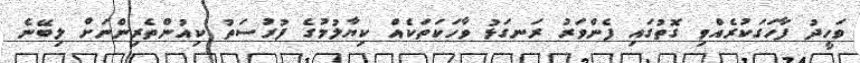
ވަހީދު ފާހަގަކުރެއްވި ގޮތުގައި ފެންވަރު ރަނގަޅު ވާހަކަތަކެއް ކިޔާލުމުގެ ފުރުސަތު ކިއުންތެރިންނަށް ލިބޭނެ